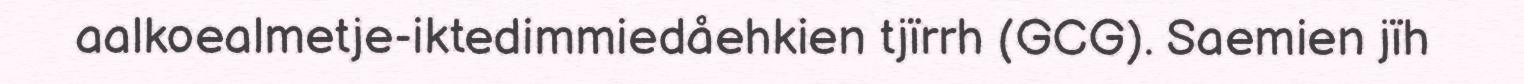
aalkoealmetje-iktedimmiedåehkien tjïrrh (GCG). Saemien jïh